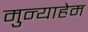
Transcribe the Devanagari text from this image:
मुन्याहेम